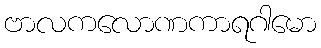
ဗာလကလောဏကာရဂါမော